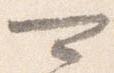
可